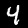
Label: 4